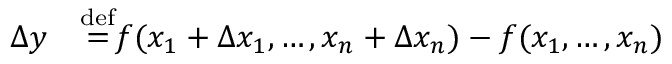
\begin{array} { r l } { \Delta y } & { { } { } { \stackrel { \mathrm { d e f } } { = } } f ( x _ { 1 } + \Delta x _ { 1 } , \dots , x _ { n } + \Delta x _ { n } ) - f ( x _ { 1 } , \dots , x _ { n } ) } \end{array}